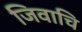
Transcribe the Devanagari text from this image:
जिवाचि